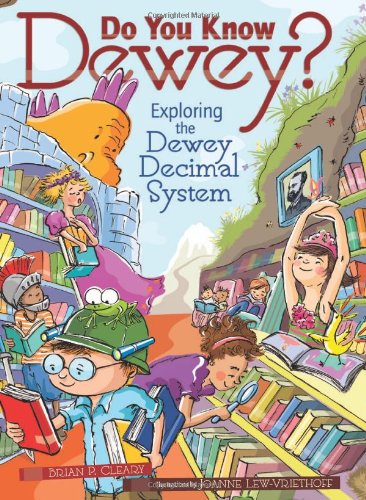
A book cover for Do You Know Dewey?: Exploring the Dewey Decimal System (Millbrook Picture Books); Brian P. Cleary; Politics & Social Sciences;